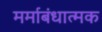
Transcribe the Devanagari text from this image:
मर्माबंधात्मक